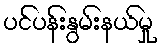
ပင်ပန်းနွမ်းနယ်မှု